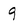
Character: 9